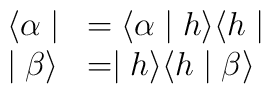
\begin{array}{ll}\langle \alpha \mid & =\langle \alpha \mid h\rangle \langle h\mid \\ \mid \beta \rangle & =\mid h\rangle \langle h\mid \beta \rangle\end{array}